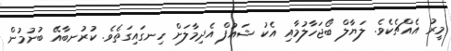
މީރު އެއްޗެކެވެ. ލަޔާލް ބޯޖަހާލުމާއި އެކު ޝައުފް އެދިމާލަށް ހިނގައިގަތެވެ. ކުރުނބާއޭ ބުނުމުން